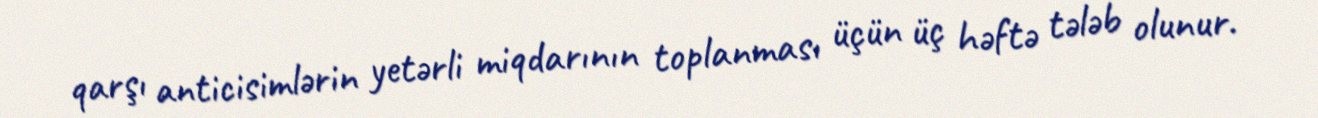
qarşı anticisimlərin yetərli miqdarının toplanması üçün üç həftə tələb olunur.